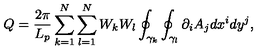
Q = \frac { 2 \pi } { L _ { p } } \sum _ { k = 1 } ^ { N } \sum _ { l = 1 } ^ { N } W _ { k } W _ { l } \oint _ { \gamma _ { k } } \oint _ { \gamma _ { l } } \partial _ { i } A _ { j } d x ^ { i } d y ^ { j } ,